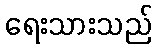
ရေးသားသည်